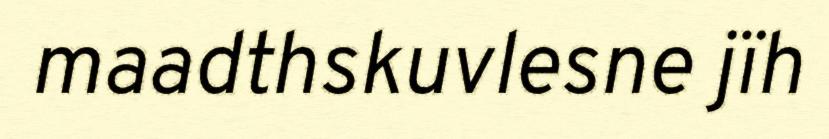
maadthskuvlesne jïh